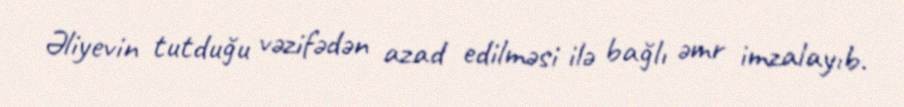
Əliyevin tutduğu vəzifədən azad edilməsi ilə bağlı əmr imzalayıb.